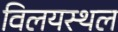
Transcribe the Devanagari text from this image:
विलयस्थल